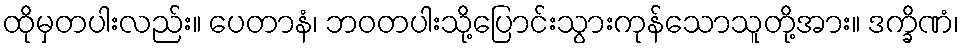
ထိုမှတပါးလည်း။ ပေတာနံ၊ ဘဝတပါးသို့ပြောင်းသွားကုန်သောသူတို့အား။ ဒက္ခိဏံ၊